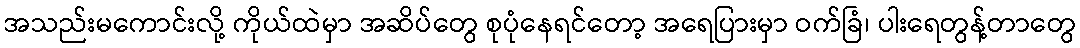
အသည်းမကောင်းလို့ ကိုယ်ထဲမှာ အဆိပ်တွေ စုပုံနေရင်တော့ အရေပြားမှာ ဝက်ခြံ၊ ပါးရေတွန့်တာတွေ